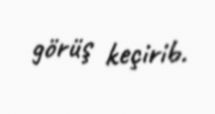
görüş keçirib.